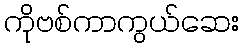
ကိုဗစ်ကာကွယ်ဆေး